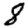
Digit: 8